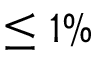
\leq 1 \%